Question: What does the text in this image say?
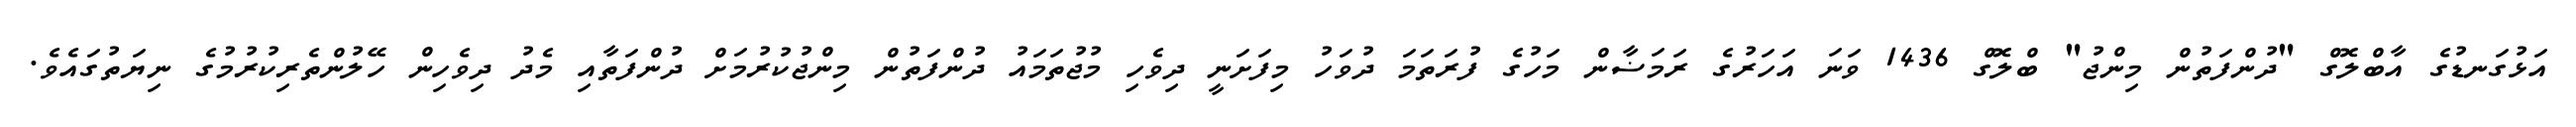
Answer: އަޅުގަނޑުގެ އާބްލޮގް "ދުންފަތުން މިންޖު" ބްލޮގް 1436 ވަނަ އަހަރުގެ ރަމަޟާން މަހުގެ ފުރަތަމަ ދުވަހު މިފަށަނީ ދިވެހި މުޖުތަމައު ދުންފަތުން މިންޖުކުރުމަށް ދުންފަތާއި މެދު ދިވެހިން ހޭލުންތެރިކުރުމުގެ ނިޔަތުގައެވެ.